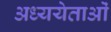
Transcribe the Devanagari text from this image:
अध्ययेताओं